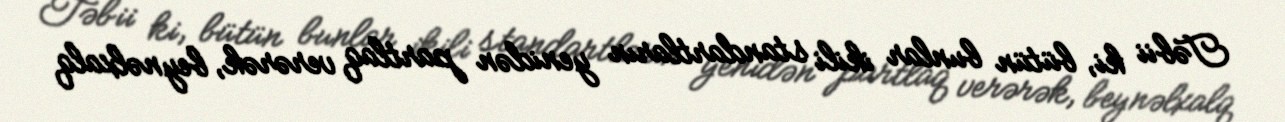
Təbii ki, bütün bunlar ikili standartların yenidən partlaq verərək, beynəlxalq